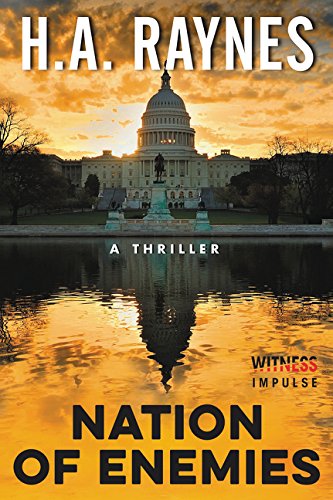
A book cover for Nation of Enemies: A Thriller; H.A. Raynes; Mystery, Thriller & Suspense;